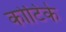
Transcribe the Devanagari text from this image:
कोटिके